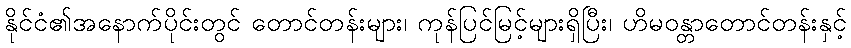
နိုင်ငံ၏အနောက်ပိုင်းတွင် တောင်တန်းများ၊ ကုန်ပြင်မြင့်များရှိပြီး၊ ဟိမဝန္တာတောင်တန်းနှင့်